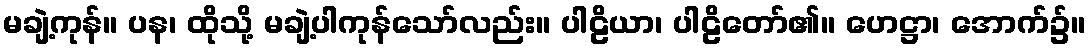
မချဲ့ကုန်။ ပန၊ ထိုသို့ မချဲ့ပါကုန်သော်လည်း။ ပါဠိယာ၊ ပါဠိတော်၏။ ဟေဋ္ဌာ၊ အောက်၌။